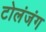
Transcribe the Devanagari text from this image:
टोलंजंग